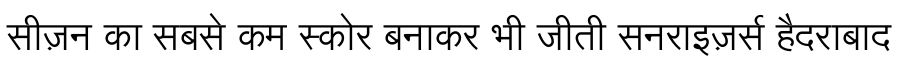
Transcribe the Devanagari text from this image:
सीज़न का सबसे कम स्कोर बनाकर भी जीती सनराइज़र्स हैदराबाद